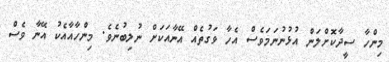
މިންހާ ސީދާކޮށްލަން އުޅުނުނަމަވެސް އެހާ ވަގުތެއް އޭނާއަކަށް ނުލިބުނެވެ. މިންހާއާއެކު އޭނާ ވެސް